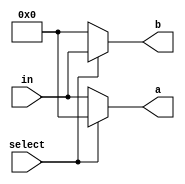
module demux_1_2  #(parameter bus_size = 8)(
   input select,
	input [bus_size-1:0] in,
   output wire [bus_size-1:0] a,
   output wire [bus_size-1:0] b);

	assign a = (select) ? {bus_size{1'b0}} : in;
	assign b = (select) ? in : {bus_size{1'b0}};
 
endmodule